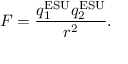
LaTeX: F = { \frac { q _ { 1 } ^ { \mathrm { E S U } } q _ { 2 } ^ { \mathrm { E S U } } } { r ^ { 2 } } } .